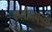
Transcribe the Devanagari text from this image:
कलीननच्या